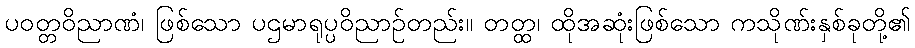
ပဝတ္တဝိညာဏံ၊ ဖြစ်သော ပဌမာရုပ္ပဝိညာဉ်တည်း။ တတ္ထ၊ ထိုအဆုံးဖြစ်သော ကသိုဏ်းနှစ်ခုတို့၏